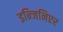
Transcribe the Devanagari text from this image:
इन्जिनिएर